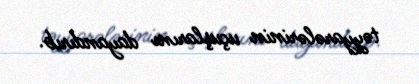
təyyarələrinin uçuşlarını dayandırıb.